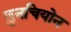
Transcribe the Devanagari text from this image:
छुनचियोन